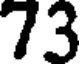
73